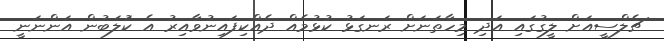
ޗެލްސީއަށް ލީގުގައި އަދި މިހާތަނަށް ރަނގަޅު ކުޅުމެއް ދެއްކިފައިނުވާއިރު އެ ކަުލަބުން އަންނަނީ